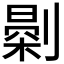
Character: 𠟘